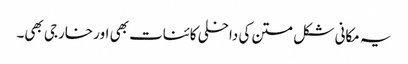
یہ مکانی شکل متن کی داخلی کائنات بھی اور خارجی بھی۔